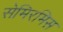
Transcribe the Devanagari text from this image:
सेमिरमिस